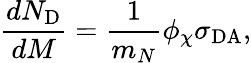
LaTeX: {\frac{dN_{\mathrm{D}}}{dM}}={\frac{1}{m_{N}}}\phi_{\chi}\sigma_{\mathrm{DA}},